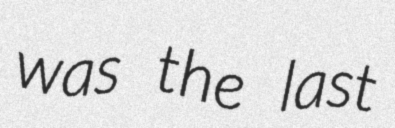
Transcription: was the last